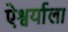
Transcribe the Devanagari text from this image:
ऐश्वर्याला